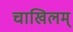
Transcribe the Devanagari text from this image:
चाखिलम्